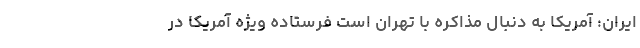
ایران: آمریکا به دنبال مذاکره با تهران است فرستاده ویژه آمریکا در